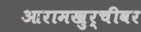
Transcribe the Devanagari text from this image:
आरामखुर्चीवर